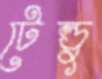
টেল্ডু